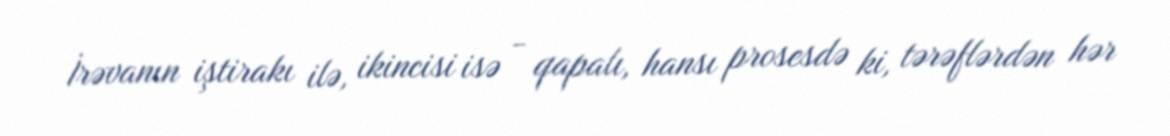
İrəvanın iştirakı ilə, ikincisi isə - qapalı, hansı prosesdə ki, tərəflərdən hər